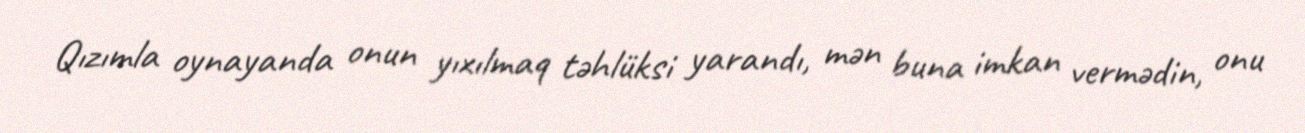
Qızımla oynayanda onun yıxılmaq təhlüksi yarandı, mən buna imkan vermədin, onu